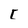
Character: C